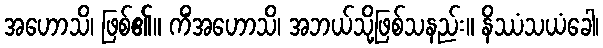
အဟောသိ၊ ဖြစ်၏။ ကိံအဟောသိ၊ အဘယ်သို့ဖြစ်သနည်း။ နိဿံသယံခေါ၊